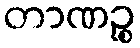
တာဏဉ္စ